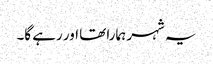
یہ شہر ہمارا تھا اور رہے گا۔